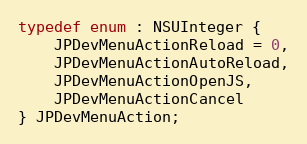
Language: C
typedef enum : NSUInteger {
    JPDevMenuActionReload = 0,
    JPDevMenuActionAutoReload,
    JPDevMenuActionOpenJS,
    JPDevMenuActionCancel
} JPDevMenuAction;